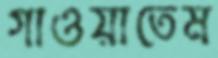
গাওয়াতেম